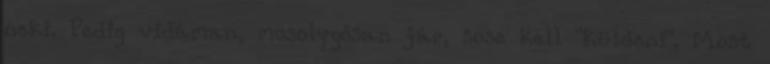
neki. Pedig vidáman, mosolygósan jár, sose kell "küldeni". Most